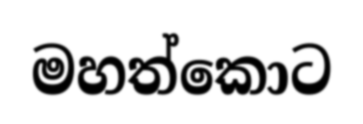
මහත්කොට